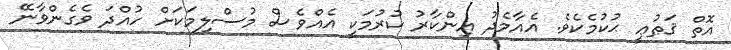
އޮތް ޤަޠުޢީ ޙުކުމެކެވެ. އެއާމެދު އިންކާރު ކުރުމަކީ އެއްވެސް މުސްލިމަކަށް ހުއްދަ ވެގެންވާނޭ